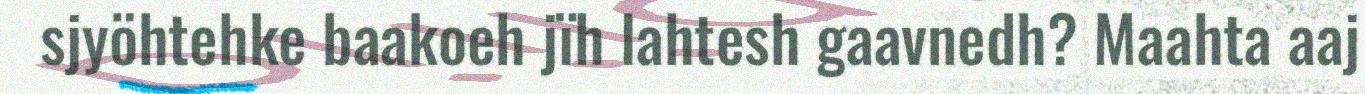
sjyöhtehke baakoeh jïh lahtesh gaavnedh? Maahta aaj